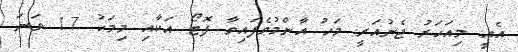
އެއީ މިއަހަރު ޖެނުއަރީ މަހު އާންމުވެފައިވާ ފޮޓޯ އަކާއި މިމަހު 17 ވަނަ